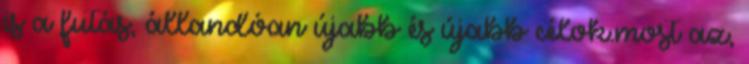
is a futás, állandóan újabb és újabb célok.most az,